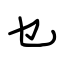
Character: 乜